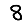
Digit: 8